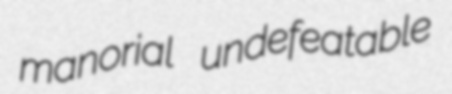
manorial undefeatable